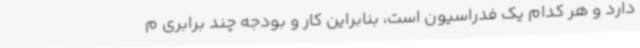
دارد و هر کدام یک فدراسیون است، بنابراین کار و بودجه چند برابری م